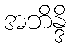
အဘိန္ဒိ